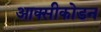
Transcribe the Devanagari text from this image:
आक्सीकोडन